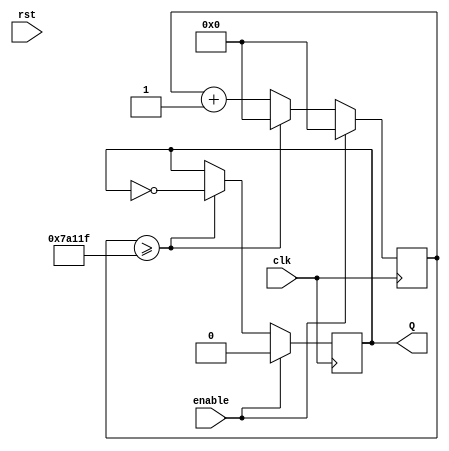
`timescale 1ns / 1ps
//////////////////////////////////////////////////////////////////////////////////
// Company: 
// Engineer: 
// 
// Design Name: 
// Module Name: clock_5hz
// Project Name: 
// Target Devices: 
// Tool Versions: 
// Description: 
// 
// Dependencies: 
// 
// Revision:
// Revision 0.01 - File Created
// Additional Comments:
// 
//////////////////////////////////////////////////////////////////////////////////

module clock_5hz(
    input clk,enable,rst,
    output reg Q
    );
    reg [22:0]cnt;
    always @ (posedge clk)
    begin
        if (enable)
        begin
            Q<=0;
            cnt<=23'd0;
        end
        else if (cnt>=23'd499999)
        begin
            Q<=~Q;
            cnt<=23'd0;
        end
        else 
            cnt=cnt+23'd1;
    end
endmodule